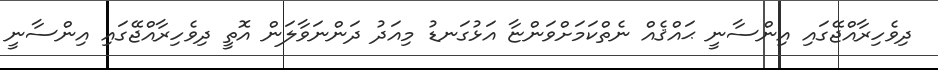
ދިވެހިރާއްޖޭގައި އިންސާނީ ޙައްޤެއް ނެތްކަމަށްވަންޏާ އަޅުގަނޑު މިއަދު ދަންނަވާލަން އޮތީ ދިވެހިރާއްޖޭގައި އިންސާނީ